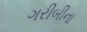
ગરીબીના